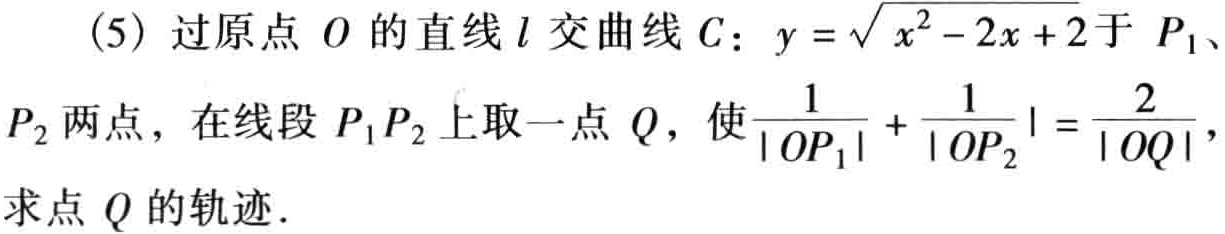
(5) 过原点 \(O\) 的直线 \(l\) 交曲线 \(C\)：\(y = \sqrt{x^{2}-2x + 2}\) 于 \(P_{1}\)、\(P_{2}\) 两点，在线段 \(P_{1}P_{2}\) 上取一点 \(Q\)，使\(\frac{1}{|OP_{1}|}+\frac{1}{|OP_{2}|}=\frac{2}{|OQ|}\)，求点 \(Q\) 的轨迹．